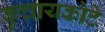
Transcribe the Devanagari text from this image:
कुचायकोटे